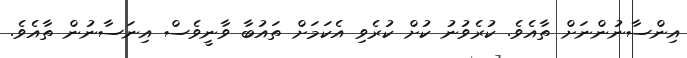
އިންސާނުންނަށް ތާއެވެ. ކުރެވުނު ކުށް ކުރެވި އެކަމަށް ތައުބާ ވާނީވެސް އިނަސާނުން ތާއެވެ.